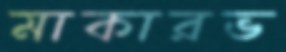
মাকারভ